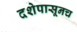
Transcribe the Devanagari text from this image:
दशेपासूनच